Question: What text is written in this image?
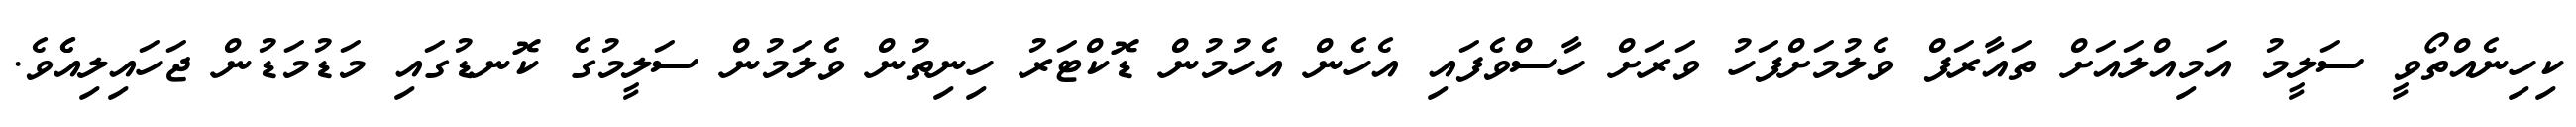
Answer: ކިހިނެއްތޯވީ ސަލީމު އަމިއްލައަށް ތައާރަފް ވެލުމަށްފަހު ވަރަށް ހާސްވެފައި އެހެން އެހުމުން ޑޮކްޓަރު ހިނިތުން ވެލަމުން ސަލީމުގެ ކޮނޑުގައި މަޑުމަޑުން ޖަހައިލިއެެވެ.